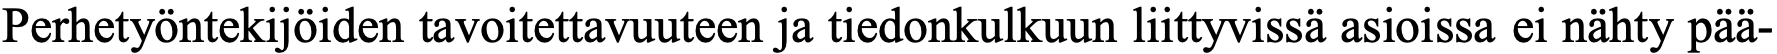
Perhetyöntekijöiden tavoitettavuuteen ja tiedonkulkuun liittyvissä asioissa ei nähty pää-